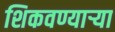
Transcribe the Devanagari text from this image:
शिकवण्यार्‍या